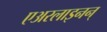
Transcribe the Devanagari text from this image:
एअरलाइनन्